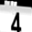
Digit: 4